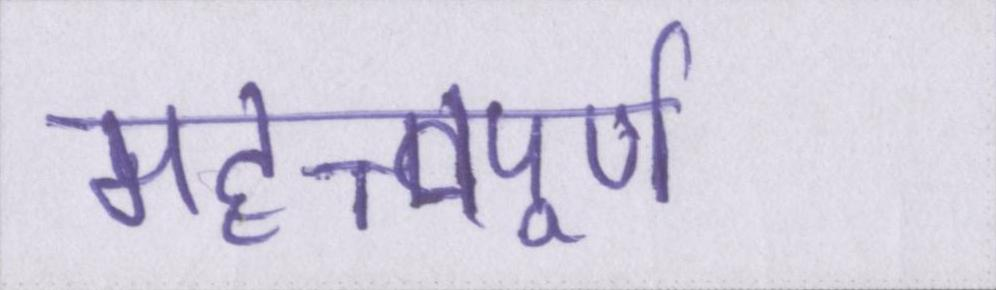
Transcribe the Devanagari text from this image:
महत्त्वपूर्ण